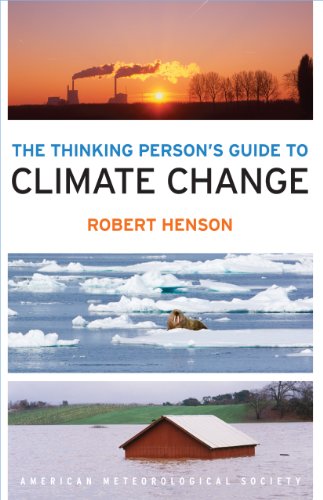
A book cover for The Thinking Person's Guide to Climate Change; Robert Henson; Science & Math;